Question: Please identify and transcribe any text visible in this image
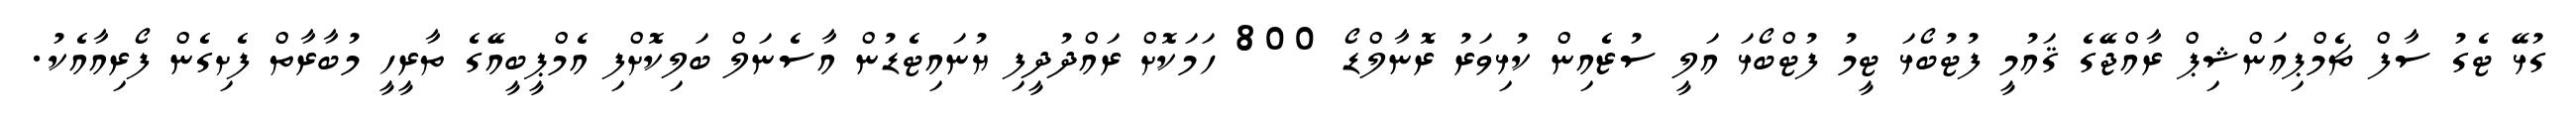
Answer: ގުޅޭ ޓެގު ސާފް ޗެމްޕިއަންޝިޕް ރާއްޖޭގެ ޤައުމީ ފުޓުބޯޅަ ޓީމު ފުޓްބޯޅަ އަލީ ސުޒެއިން ކުޅިވަރު ރޮނާލްޑޯ 800 ހަމަކޮށް ރައްދުދީފި ޔުނައިޓެޑުން އާސެނަލް ބަލިކޮށްފި އެމްޕީބީއޭގެ ތާރީހީ މުބާރާތް ފެށިގެން ފޯރިއާއެކު.